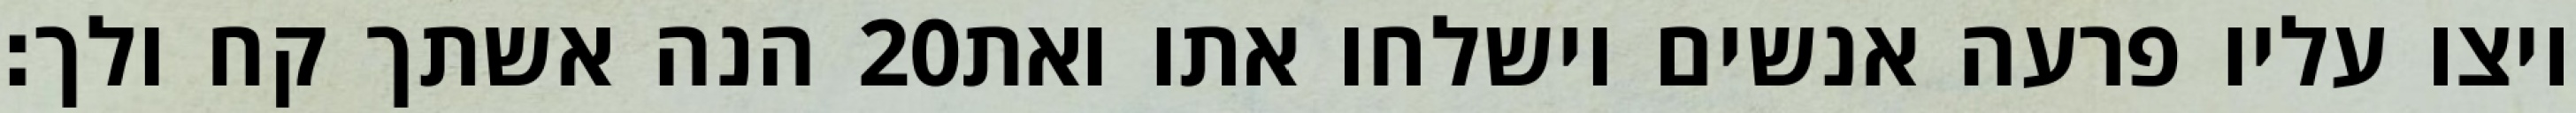
הנה אשתך קח ולך׃ ‎20‏ ויצו עליו פרעה אנשים וישלחו אתו ואת